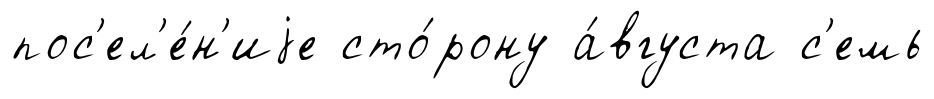
пос'ел'е́н'иjе сто́рону а́вгуста с'емь